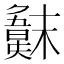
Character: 𣝖